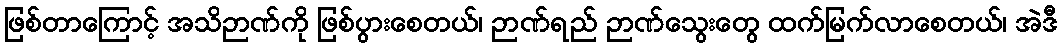
ဖြစ်တာကြောင့် အသိဉာဏ်ကို ဖြစ်ပွားစေတယ်၊ ဉာဏ်ရည် ဉာဏ်သွေးတွေ ထက်မြက်လာစေတယ်၊ အဲဒီ